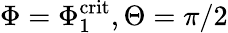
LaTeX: \Phi=\Phi_{1}^{\mathrm{crit}},\Theta=\pi/2